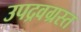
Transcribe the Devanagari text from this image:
उपद्रवग्रस्त